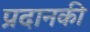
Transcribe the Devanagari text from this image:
प्रदानकी